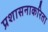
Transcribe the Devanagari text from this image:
प्रशासनाकरिता